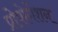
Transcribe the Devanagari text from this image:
प्रोपोगेशन